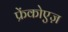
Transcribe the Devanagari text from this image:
फ्रेंकोएज़